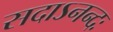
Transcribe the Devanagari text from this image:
सदाऽनन्दः